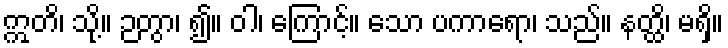
ဣတိ၊ သို့။ ဉတွာ၊ ၍။ ဝါ၊ ကြောင့်။ သော ပကာရော၊ သည်။ နတ္ထိ၊ မရှိ။